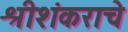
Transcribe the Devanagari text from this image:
श्रीशंकराचे